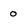
Character: 0